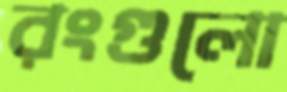
রংগুলো